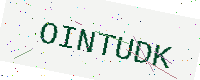
Text: OINTUDK